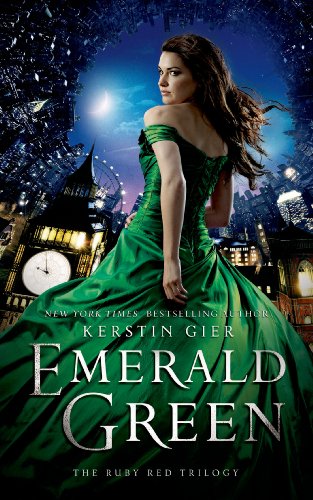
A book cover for Emerald Green (The Ruby Red Trilogy); Kerstin Gier; Teen & Young Adult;